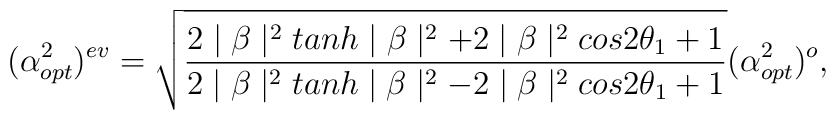
(\alpha^{2}_{opt})^{ev}=\sqrt{\frac{2\mid\beta\mid^{2}tanh\mid\beta\mid^{2}+2\mid\beta\mid^{2}cos2\theta_{1}+1}{2\mid\beta\mid^{2}tanh\mid\beta\mid^{2}-2\mid\beta\mid^{2}cos2\theta_{1}+1}}(\alpha^{2}_{opt})^{o},